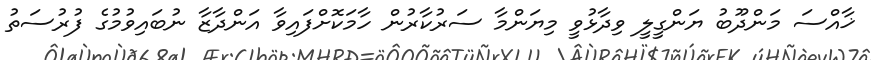
ޚާއްސަ މަންދޫބު ޔަންގީލީ ވިދާޅުވީ މިޔަންމާ ސަރުކާރުން ހާމަކޮށްފައިވާ އަންދާޒާ ނުބައިވުމުގެ ފުރުސަތު